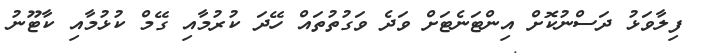
ފިލާވަޅު ދަސްނުކޮށް އިންޓަނެޓަށް ވަދެ ވަގުތުތައް ހޭދަ ކުރުމާއި ގޭމް ކުޅުމާއި ކާޓޫނު